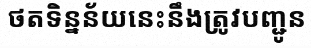
ថតទិន្នន័យនេះនឹងត្រូវបញ្ជូន